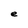
Character: e